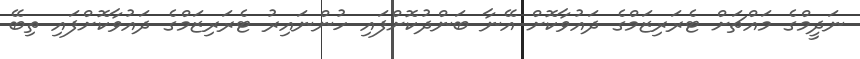
ނަދީމްގެ މައްޗަށް ޓެރަރިޒަމްގެ ދައުވާކޮށް އޭނާ ބަންދުކޮށްފައި ހުންނައިރު ޓެރަރިޒަމްގެ ދައުވާކޮށްފައި ތިބޭ